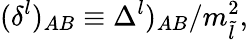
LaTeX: (\delta^{l})_{AB}\equiv\Delta^{l})_{AB}/m_{\tilde{l}}^{2},